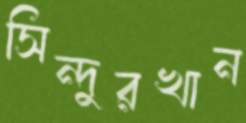
সিন্দুরখান